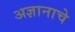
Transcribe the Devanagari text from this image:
अज्ञानाचे